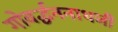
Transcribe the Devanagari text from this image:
गोवर्द्धननाथजी